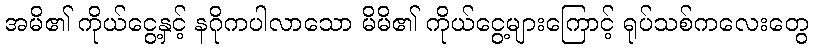
အမိ၏ ကိုယ်ငွေ့နှင့် နဂိုကပါလာသော မိမိ၏ ကိုယ်ငွေ့များကြောင့် ရုပ်သစ်ကလေးတွေ